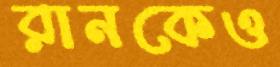
রানকেও